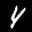
Label: 4